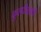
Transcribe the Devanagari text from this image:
कुलदेवतायै